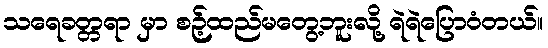
သရေခတ္တရာ မှာ စဉ့်ထည်မတွေ့ဘူးလို့ ရဲရဲပြောဝံတယ်။